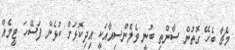
މެޗާ ބެހޭ ގޮތުން ސާންތި ބުނީ ވެލެންސިއާއަކީ އިދިކޮޅަށް ކުޅެން ފަސޭހަ ޓީމެއް